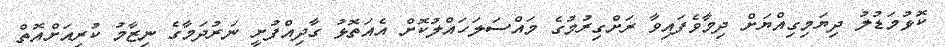
ކޮޅުމަޑުލު ދިޔަމިގިއްޔަށް ދިމާވެފައިވާ ރަށްގިރުމުގެ މައްސަލަހައްލުކޮށް އެއަތޮޅު ގާދިއްފުށީ ނަރުދަމާގެ ނިޒާމު ކުރިއަށްއޮތް